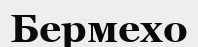
Бермехо